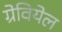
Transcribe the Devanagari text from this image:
ग्रेवियेल